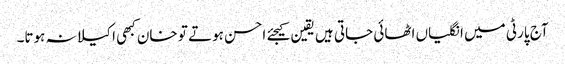
آج پارٹی میں انگلیاں اٹھائی جاتی ہیں یقین کیجئے احسن ہوتے تو خان کبھی اکیلا نہ ہوتا۔